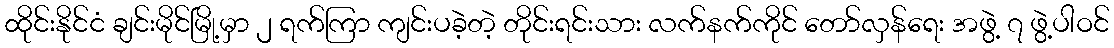
ထိုင်းနိုင်ငံ ချင်းမိုင်မြို့မှာ ၂ ရက်ကြာ ကျင်းပခဲ့တဲ့ တိုင်းရင်းသား လက်နက်ကိုင် တော်လှန်ရေး အဖွဲ့ ၇ ဖွဲ့ပါဝင်